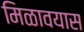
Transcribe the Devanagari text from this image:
मिळावयास